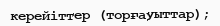
керейіттер (торғауыттар);